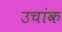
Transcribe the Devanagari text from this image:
उचांक